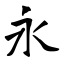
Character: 永